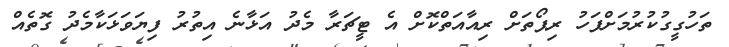
ތަހުގީގުކުރުމަށްފަހު ރިޕޯތަށް ރިއާއަތްކޮށް އެ ޓީޗަރާ މެދު އަޅާނެ އިތުރު ފިޔަވަޅަކާމެދު ގޮތެއް